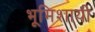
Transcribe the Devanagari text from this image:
भूमिशायी